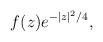
\begin{align*}f(z)e^{-\vert z\vert^2/4},\end{align*}